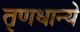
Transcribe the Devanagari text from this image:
तृणधान्ये